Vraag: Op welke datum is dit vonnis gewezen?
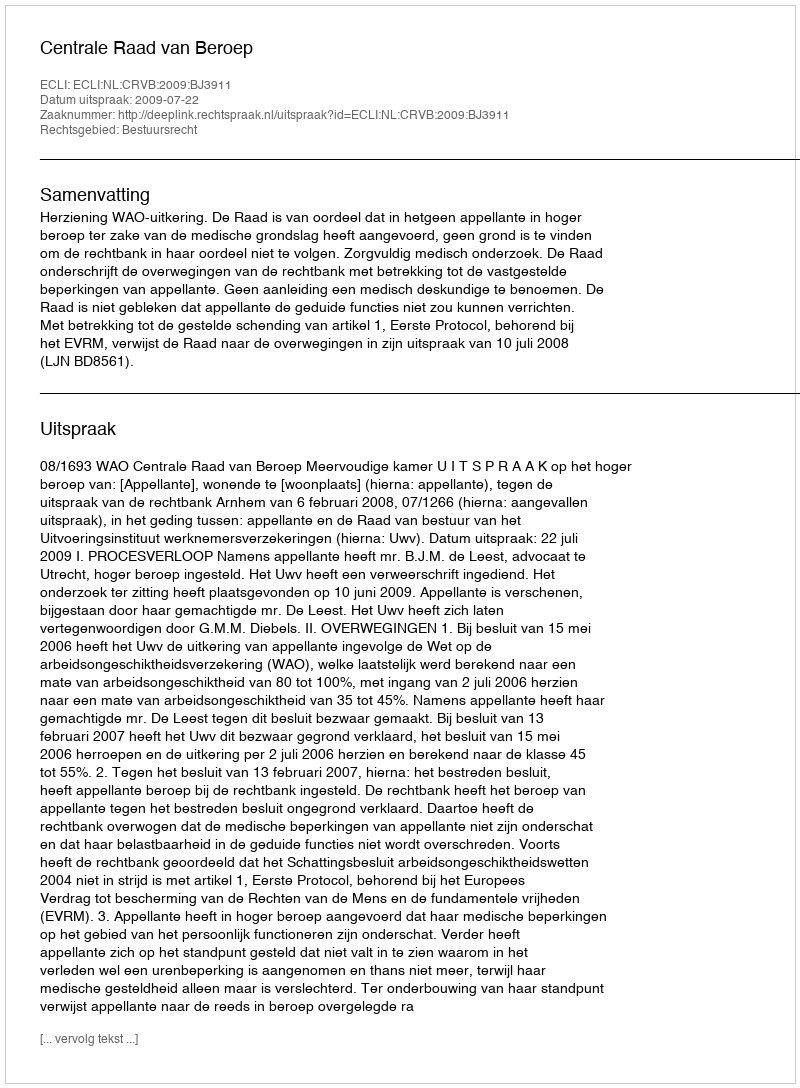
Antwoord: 2009-07-22